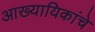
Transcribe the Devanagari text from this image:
आख्यायिकांचे